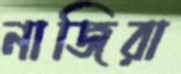
নাজিরা